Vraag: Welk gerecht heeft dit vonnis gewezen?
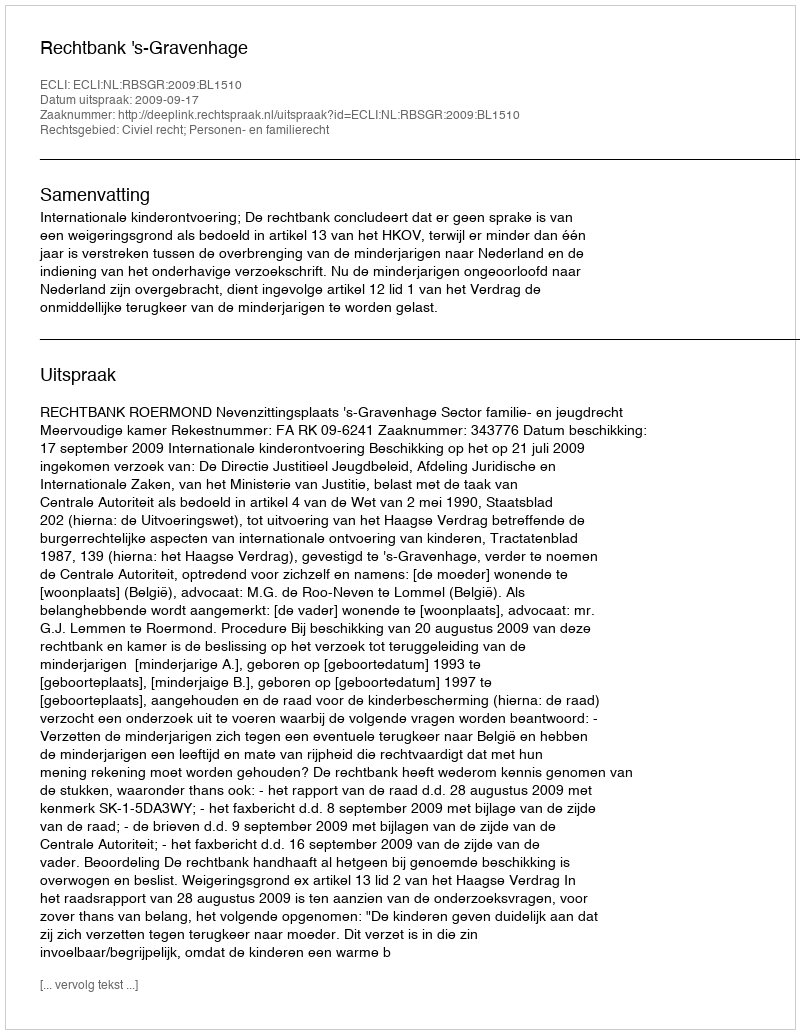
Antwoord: Rechtbank 's-Gravenhage